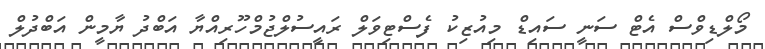
މޯލްޑިވްސް އެޓް ސަނީ ސައިޑް މިއުޒިކު ފެސްޓިވަލް ރައީސުލްޖުމްހޫރިއްޔާ އަބްދު ޔާމީން އަބްދުލް